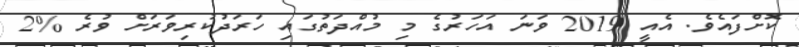
ކޮށްފައެވެ. އެއީ 2019 ވަނަ އަހަރުގެ މި މުއްދަތުގައި ހަރަދުކުރިވަރަށް ވުރެ %2